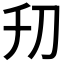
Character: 𠚲